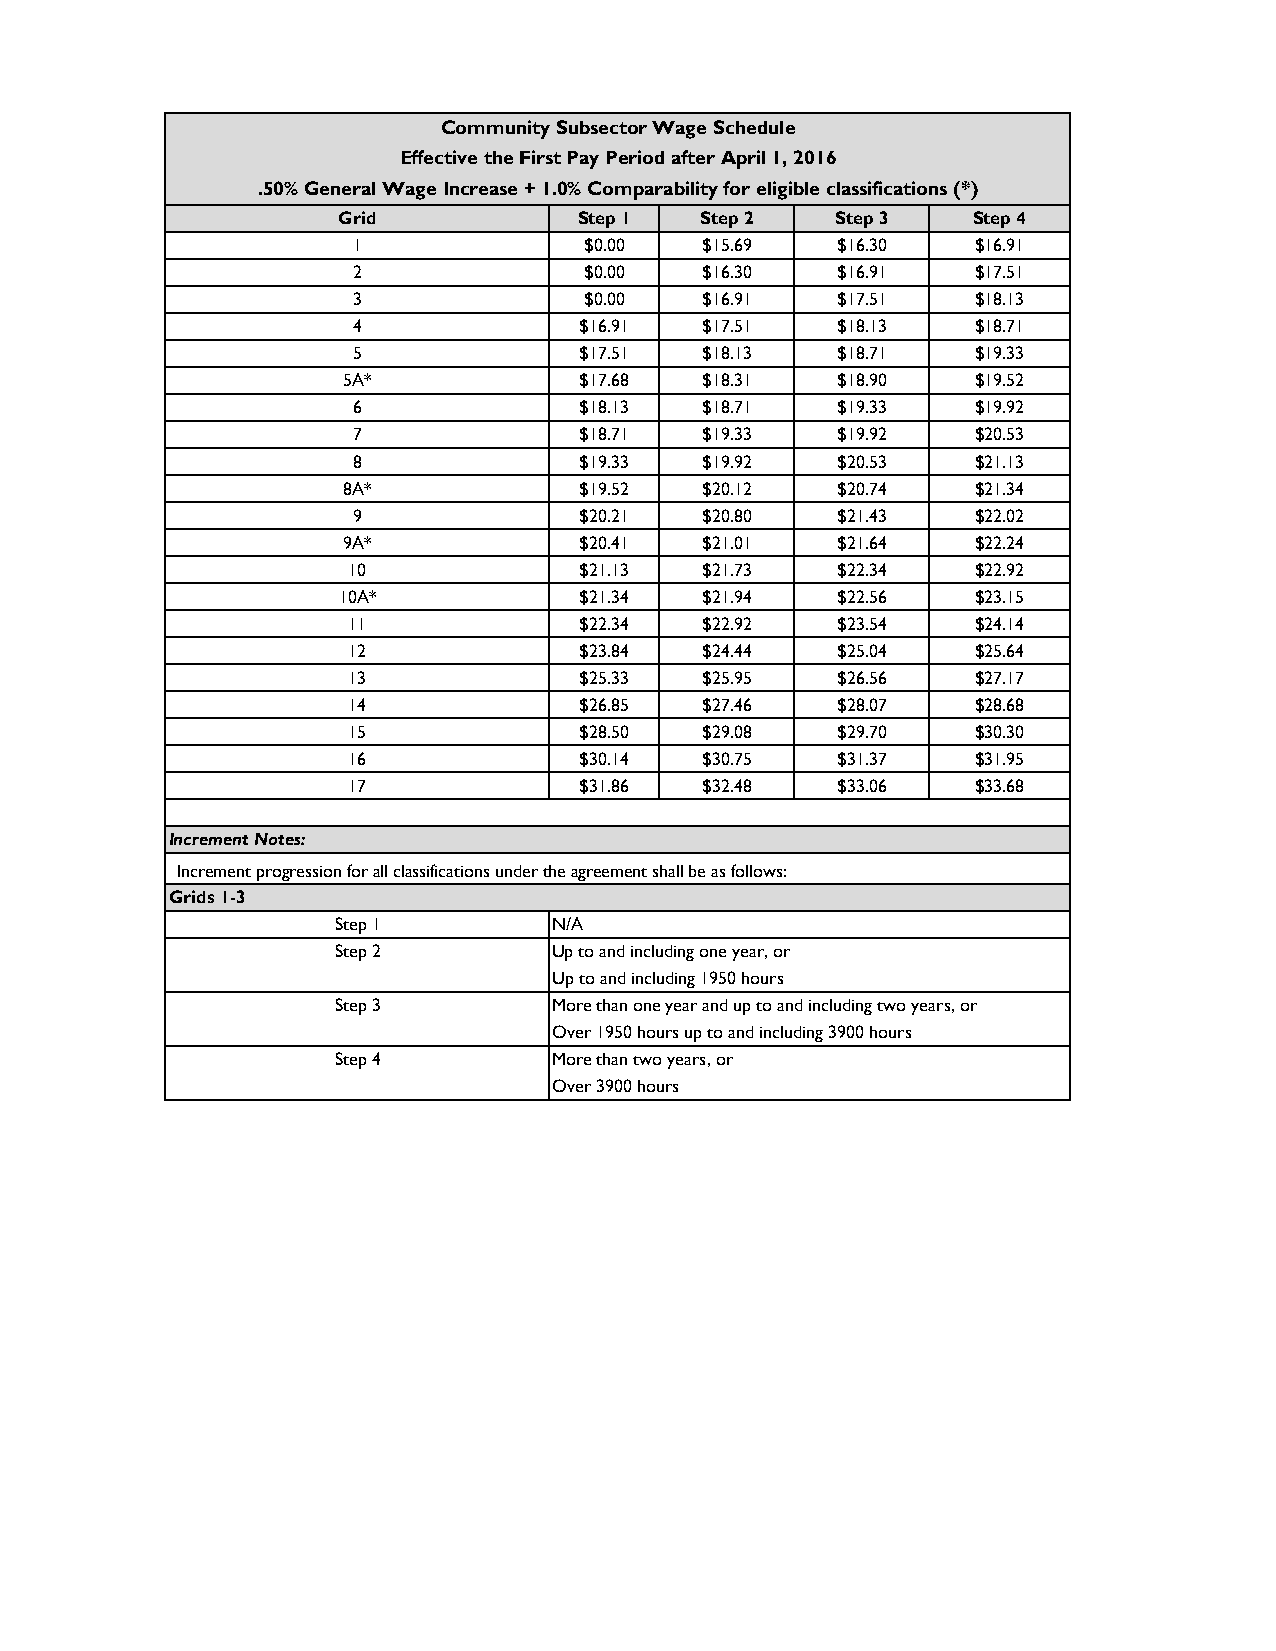
Community Subsector Wage Schedule
 Effective the First Pay Period after April 1, 2016
 .50% General Wage Increase + 1.0% Comparability for eligible classifications (*)
 Grid            Step 1  Step 2   Step 3   Step 4
 1              $0.00   $15.69   $16.30   $16.91
 2              $0.00   $16.30   $16.91   $17.51
 3              $0.00   $16.91   $17.51   $18.13
 4              $16.91  $17.51   $18.13   $18.71
 5              $17.51  $18.13   $18.71   $19.33
 5A*             $17.68  $18.31   $18.90   $19.52
 6              $18.13  $18.71   $19.33   $19.92
 7              $18.71  $19.33   $19.92   $20.53
 8              $19.33  $19.92   $20.53   $21.13
 8A*             $19.52  $20.12   $20.74   $21.34
 9              $20.21  $20.80   $21.43   $22.02
 9A*             $20.41  $21.01   $21.64   $22.24
 10             $21.13  $21.73   $22.34   $22.92
 10A*            $21.34  $21.94   $22.56   $23.15
 11             $22.34  $22.92   $23.54   $24.14
 12             $23.84  $24.44   $25.04   $25.64
 13             $25.33  $25.95   $26.56   $27.17
 14             $26.85  $27.46   $28.07   $28.68
 15             $28.50  $29.08   $29.70   $30.30
 16             $30.14  $30.75   $31.37   $31.95
 17             $31.86  $32.48   $33.06   $33.68
 Increment Notes:
 Increment progression for all classifications under the agreement shall be as follows:
 Grids 1-3
 Step 1        N/A
 Step 2        Up to and including one year, or
 Up to and including 1950 hours
 Step 3        More than one year and up to and including two years, or
 Over 1950 hours up to and including 3900 hours
 Step 4        More than two years, or
 Over 3900 hours